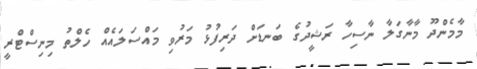
މާމެންދޫ މާނާގަލާ ނާސިހާ ރަޝީދުގެ ބަނޑަށް ދަރިފުޅު މަރުވި މައްސަލައެއް ހެލްތު މިނިސްޓްރީ